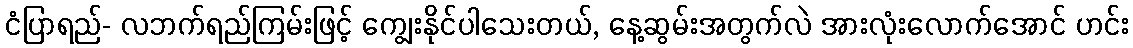
ငံပြာရည်- လဘက်ရည်ကြမ်းဖြင့် ကျွေးနိုင်ပါသေးတယ်, နေ့ဆွမ်းအတွက်လဲ အားလုံးလောက်အောင် ဟင်း